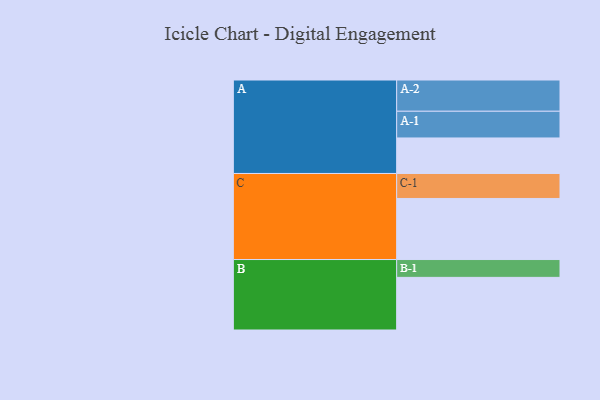
{"axis": {"x": "Segment", "y": "Value"}, "legend": ["", "A", "B", "C"], "data": [{"x": "A", "y": 307, "type": ""}, {"x": "B", "y": 455, "type": ""}, {"x": "C", "y": 528, "type": ""}, {"x": "A-1", "y": 231, "type": "A"}, {"x": "A-2", "y": 270, "type": "A"}, {"x": "B-1", "y": 154, "type": "B"}, {"x": "C-1", "y": 216, "type": "C"}]}